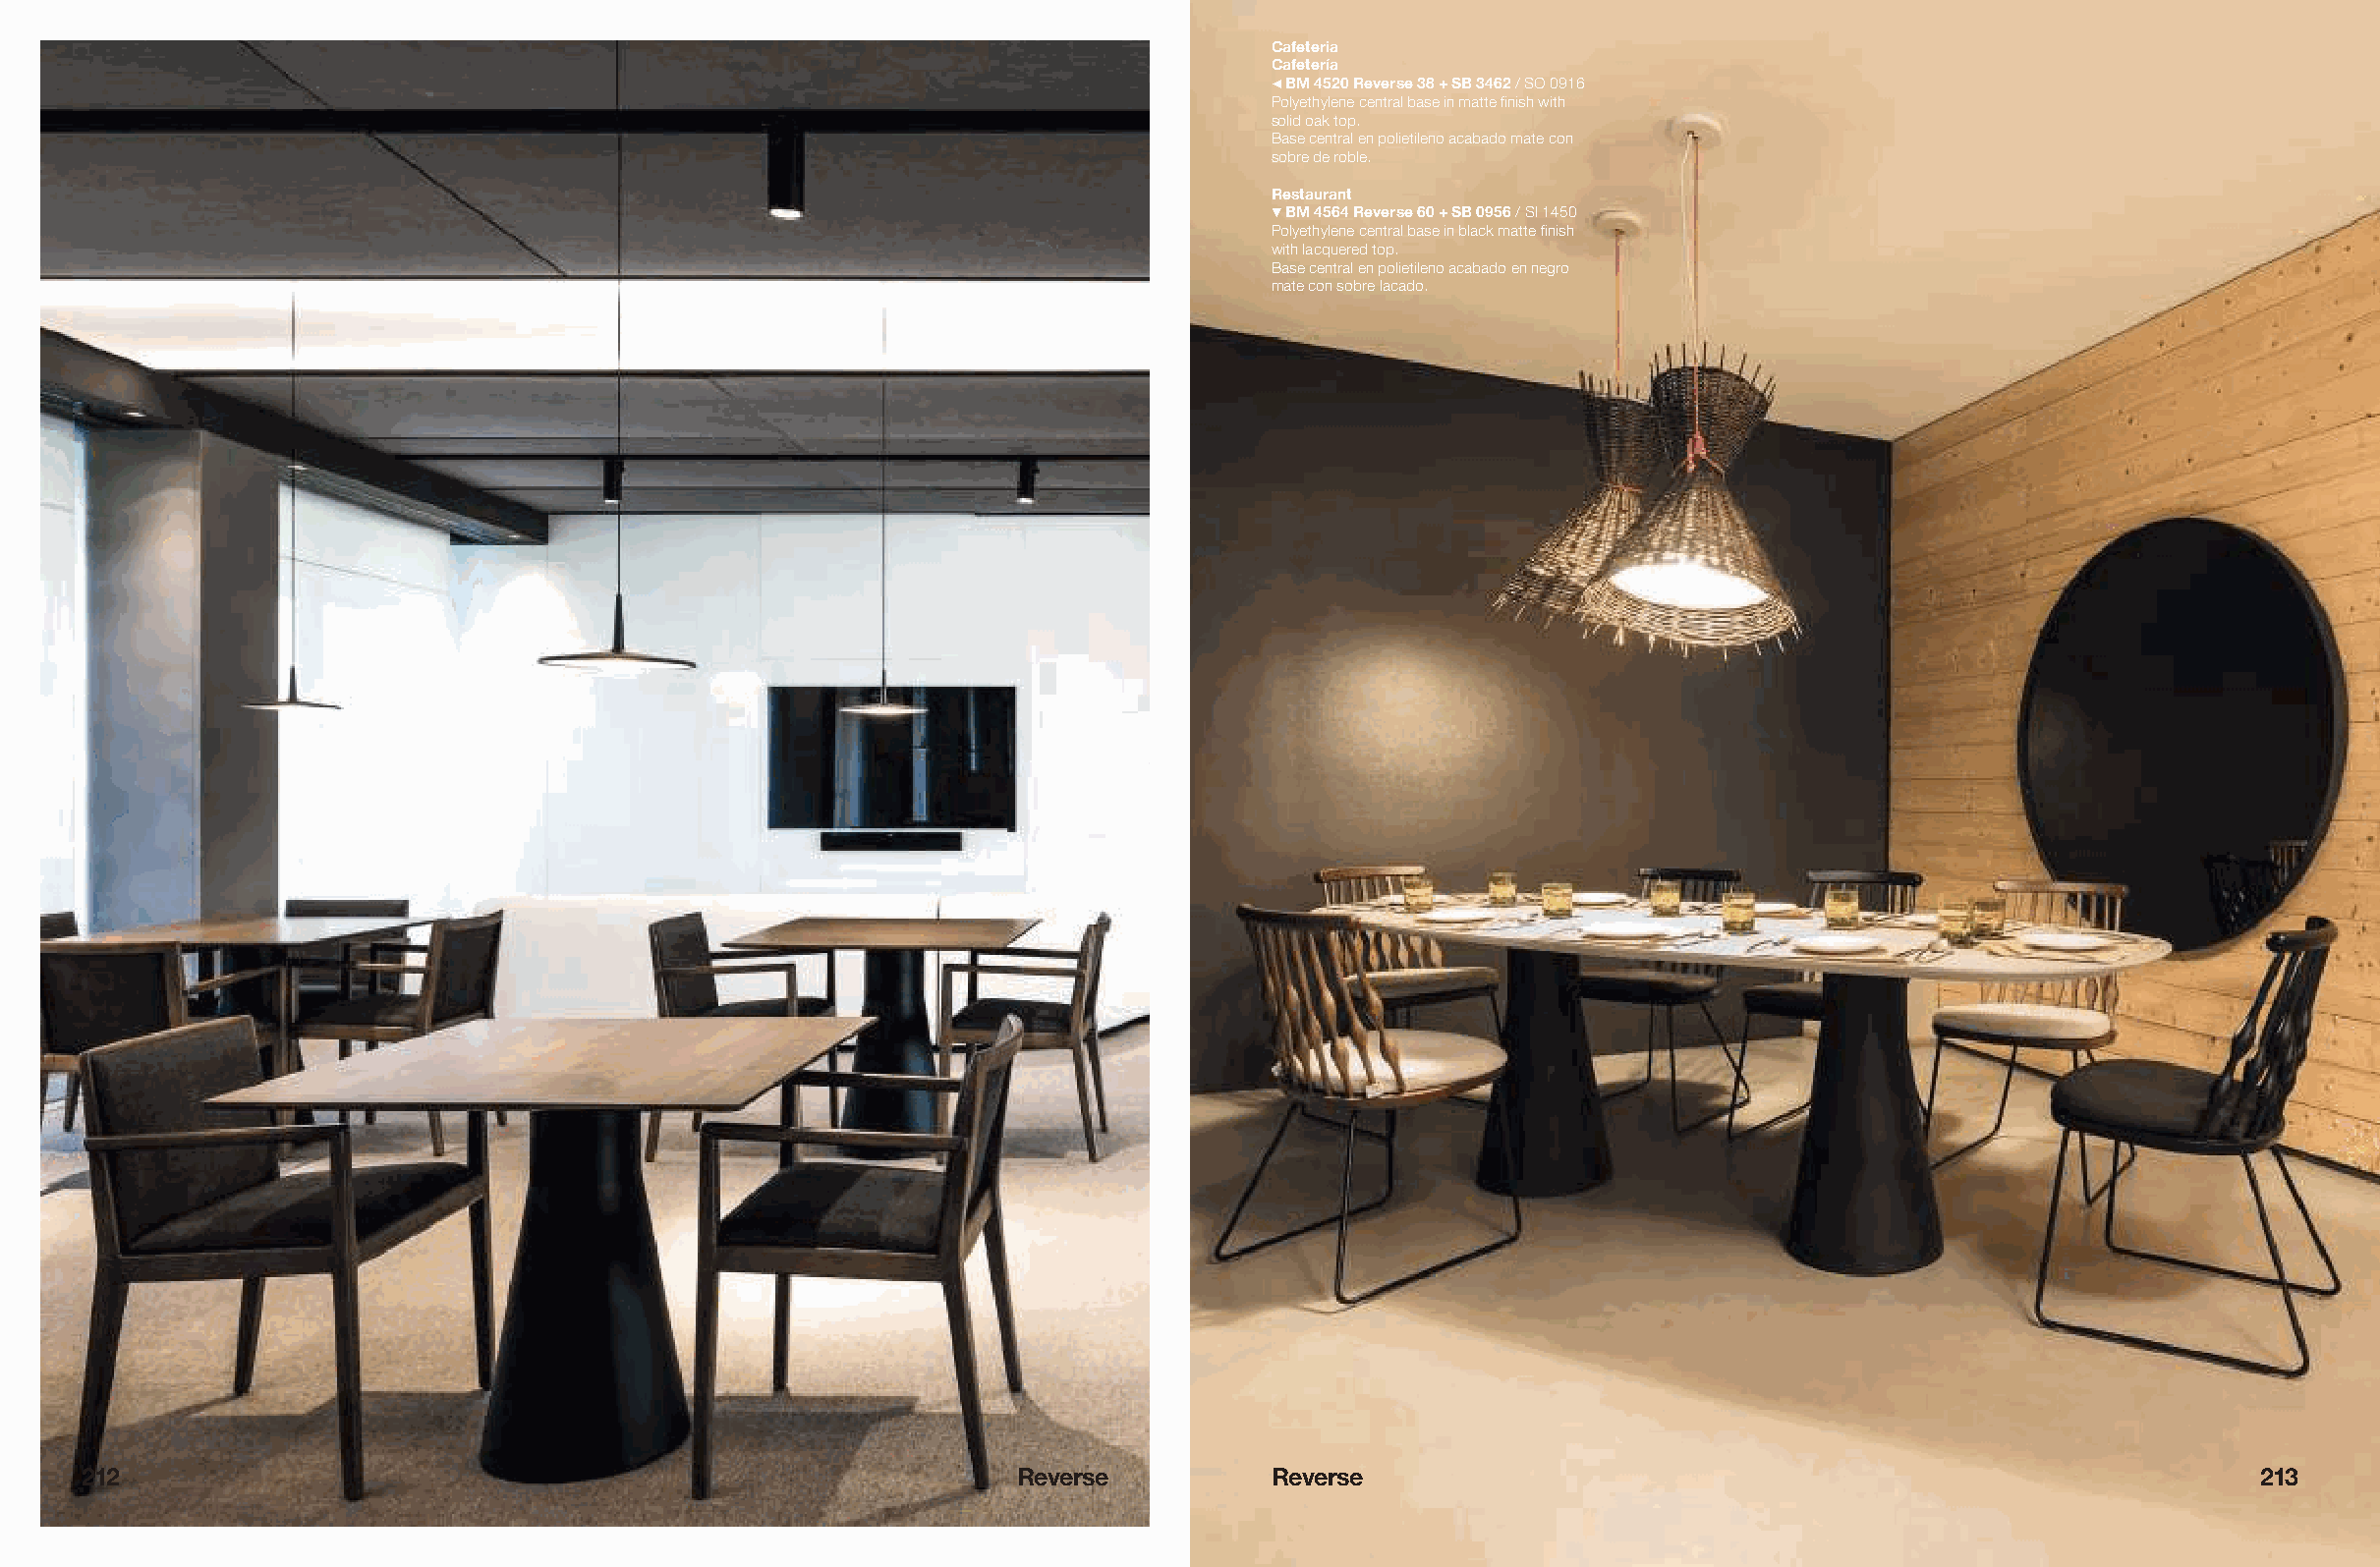
Cafeteria
 Cafetería
 # BM 4520 Reverse 38 + SB 3462 / SO 0916
 Polyethylene central base in matte finish with
 solid oak top.
 Base central en polietileno acabado mate con
 sobre de roble.
 Restaurant
 ! BM 4564 Reverse 60 + SB 0956 / SI 1450
 Polyethylene central base in black matte finish
 with lacquered top.
 Base central en polietileno acabado en negro
 mate con sobre lacado.
 212                                                            Reverse           Reverse                                                           213